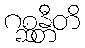
ဂစ္ဆန္တီတိ